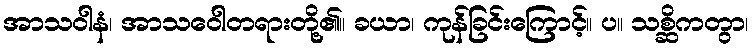
အာသဝါနံ၊ အာသဝေါတရားတို့၏။ ခယာ၊ ကုန်ခြင်းကြောင့်။ ပ။ သစ္ဆိကတွာ၊